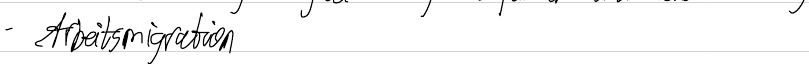
- Arbeitsmigration